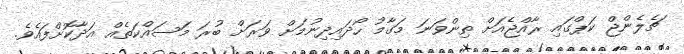
ޗެލެންޖް ކަޕްގައި ރާއްޖެއަށް ތިންވަނަ މަގާމު ހޯދައިދިނުމަށް ވަރަށް ބުރަ މަސައްކަތެއް އަދާކޮށްފައެވެ.